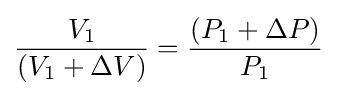
{\frac {V_{1}}{(V_{1}+\Delta V)}}={\frac {(P_{1}+\Delta P)}{P_{1}}}